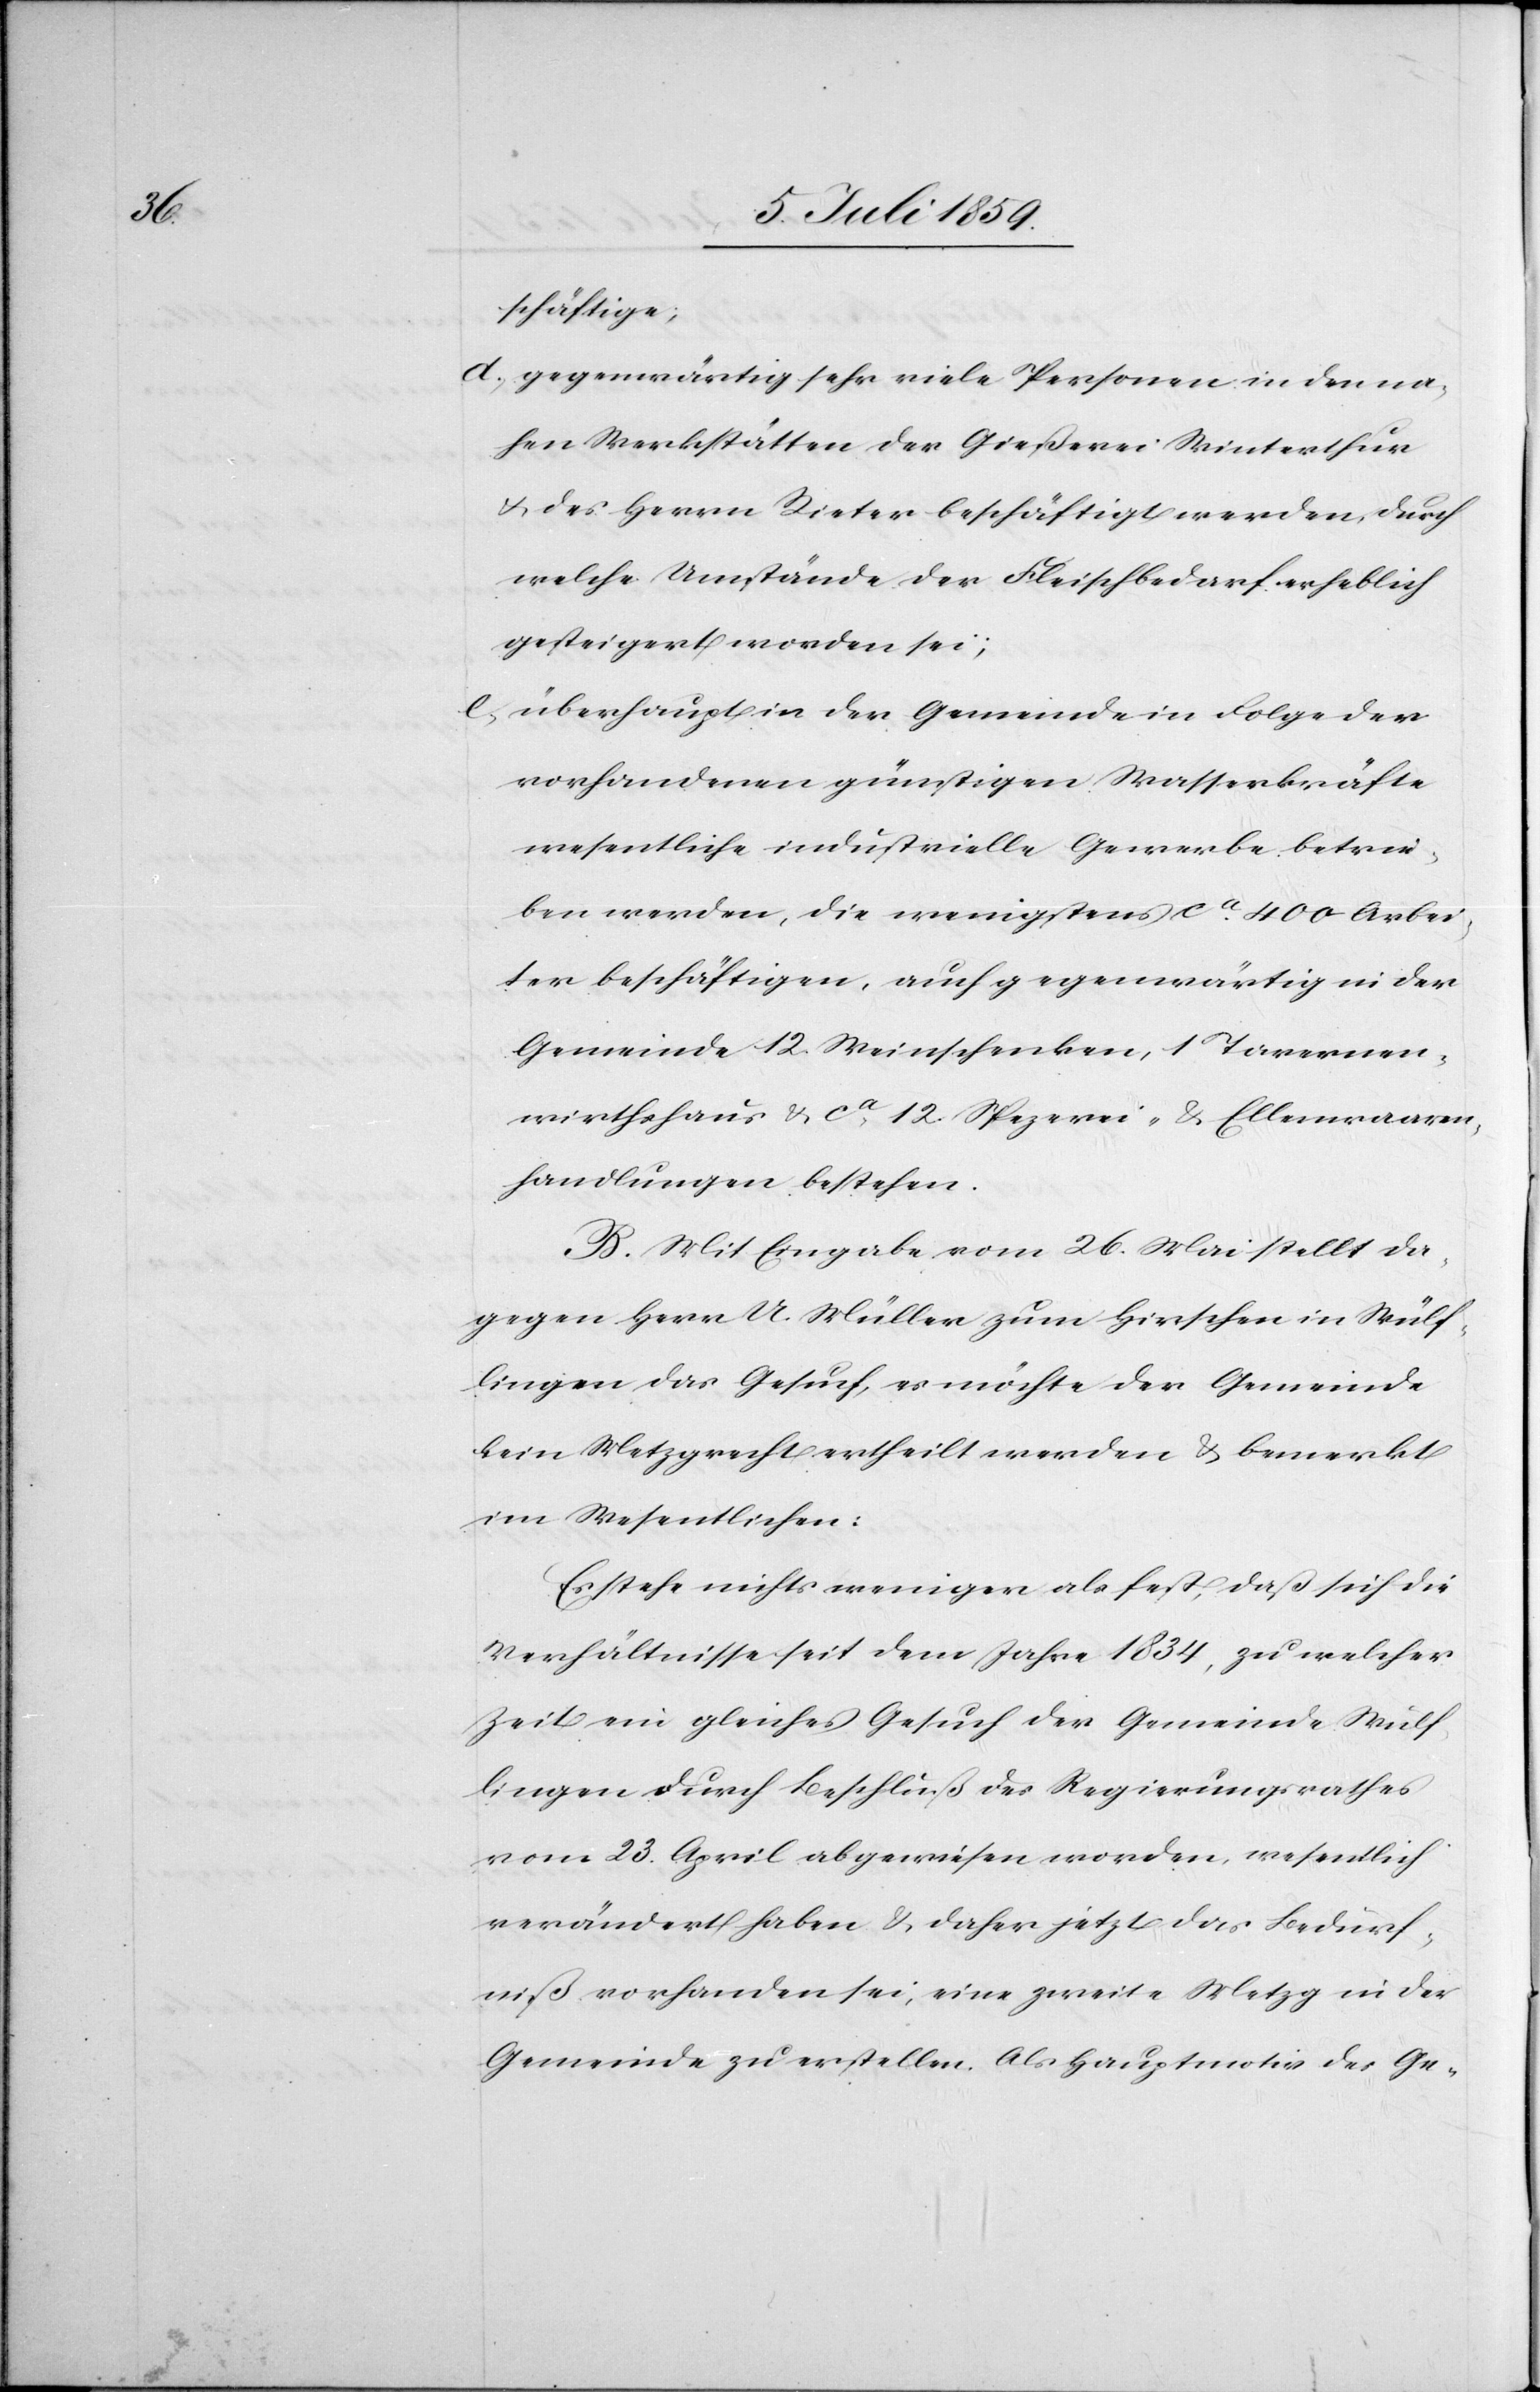
schäftige;
d.) gegenwärtig sehr viele Personen in den na¬
hen Werkstätten der Gießerei Winterthur
u. des Herrn Rieter beschäftigt werden, durch
welche Umstände der Fleischbedarf erheblich
gesteigert worden sei;
e.) überhaupt in der Gemeinde in Folge der
vorhandenen günstigen Wasserkräfte
wesentliche industrielle Gewerbe betrie¬
ben werden, die wenigstens ca. 400 Arbei¬
ter beschäftigen, auch gegenwärtig in der
Gemeinde 12 Weinschenken, 1 Tavernen¬
wirthshaus u. ca. 12 Spezerei- u. Ellenwaaren¬
handlungen bestehen.
B. Mit Eingabe vom 26. Mai stellt da¬
gegen Herr U. Müller zum Hirschen in Wülf¬
lingen das Gesuch, es möchte der Gemeinde
kein Metzgrecht ertheilt werden u. bemerkt
im Wesentlichen:
Es stehe nichts weniger als fest, daß sich die
Verhältnisse seit dem Jahre 1834, zu welcher
Zeit ein gleiches Gesuch der Gemeinde Wülf¬
lingen durch Beschluß des Regierungsrathes
vom 23. April abgewiesen worden, wesentlich
verändert haben u. daher jetzt das Bedürf¬
niß vorhanden sei, eine zweite Metzg in der
Gemeinde zu erstellen. Als Hauptmotiv des Ge-